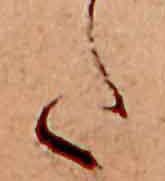
た